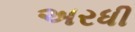
અરધી